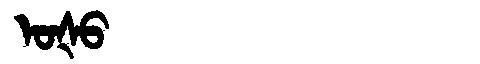
Manchu: ᠣᡧᠣ
Romanization: OŠO